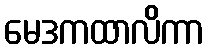
မေဒကထာလိကာ